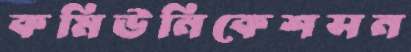
কমিউনিকেশসন